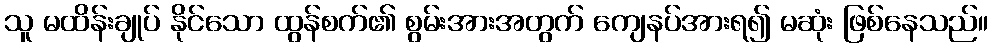
သူ မထိန်းချုပ် နိုင်သော ထွန်စက်၏ စွမ်းအားအတွက် ကျေနပ်အားရ၍ မဆုံး ဖြစ်နေသည်။